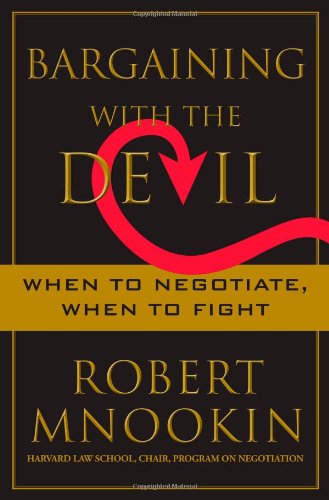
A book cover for Bargaining with the Devil: When to Negotiate, When to Fight; Robert Mnookin; Business & Money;